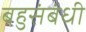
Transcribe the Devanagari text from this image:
बहुसंबंधी